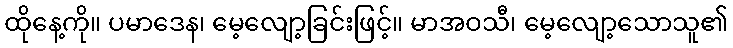
ထိုနေ့ကို။ ပမာဒေန၊ မေ့လျော့ခြင်းဖြင့်။ မာအဝသီ၊ မေ့လျော့သောသူ၏